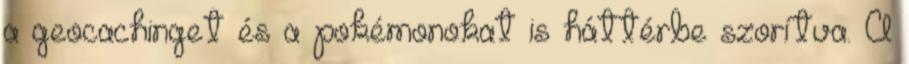
a geocachinget és a pokémonokat is háttérbe szorítva. A